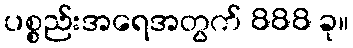
ပစ္စည်းအရေအတွက် 888 ခု။